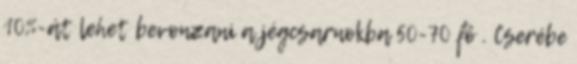
10%-át lehet bevonzani a jégcsarnokba 50-70 fő . Cserébe